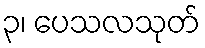
၃၊ ပေသလသုတ်